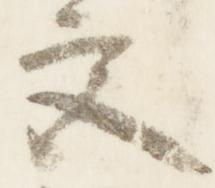
宮